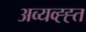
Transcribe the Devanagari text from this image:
अव्यव्ह्ह्त